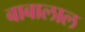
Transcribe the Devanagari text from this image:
बाबालाल